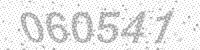
Solution: 060541